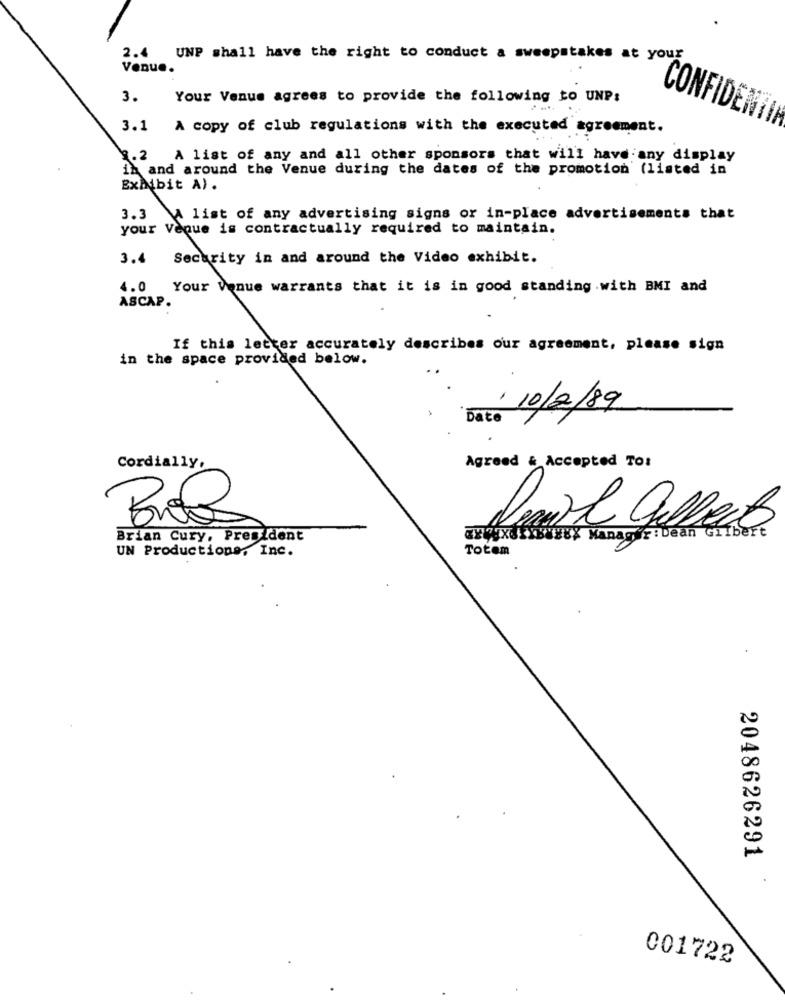
2.4 UNP shall have the right to conduct a sweepstakes at your
Venue.
3.
Your Venus agrees to provide the following to UNP:
CONFIDE
--
3.1 A copy of club regulations with the executed agreement.
9.2
A list of any and all other sponsors that will have any display
in and around the Venue during the dates of the promotion (listed in
Exhibit A) .
3.3
A list of any advertising signs or in-place advertisements that
your Veque is contractually required to maintain.
3.4 Security in and around the Video exhibit.
4.0 Your Venue warrants that it is in good standing .with BMI and
ASCAP.
If this letter accurately describes our agreement, please sign
in the space provided below.
: 10/2/89
Dato
Agreed & Accepted To:
Cordially,
Brian Cury, President
077JX63130EUX Manager:bean Gilbert
UN Productions, Inc.
Totem
2048626291
001722